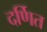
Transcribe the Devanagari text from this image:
दर्णित